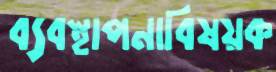
ব্যবস্থাপনাবিষয়ক